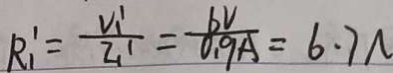
R _ { 1 } ^ { \prime } = \frac { V _ { 1 } ^ { \prime } } { I _ { 1 } ^ { \prime } } = \frac { 6 V } { 0 . 9 A } = 6 . 7 N